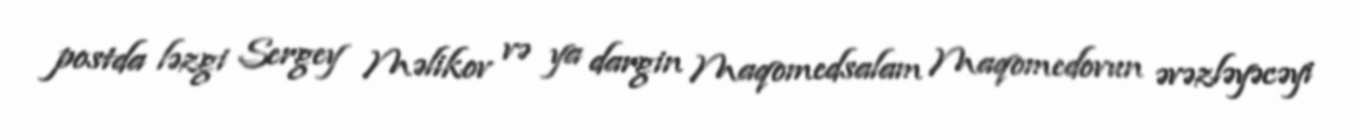
postda ləzgi Sergey Məlikov və ya dargin Maqomedsalam Maqomedovun əvəzləyəcəyi